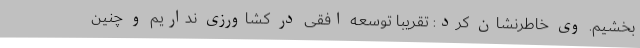
بخشیم. وی خاطرنشان کرد: تقریبا توسعه افقی در کشاورزی نداریم و چنین